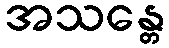
အသန္တေ